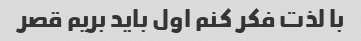
با لذت فکر کنم اول باید بریم قصر